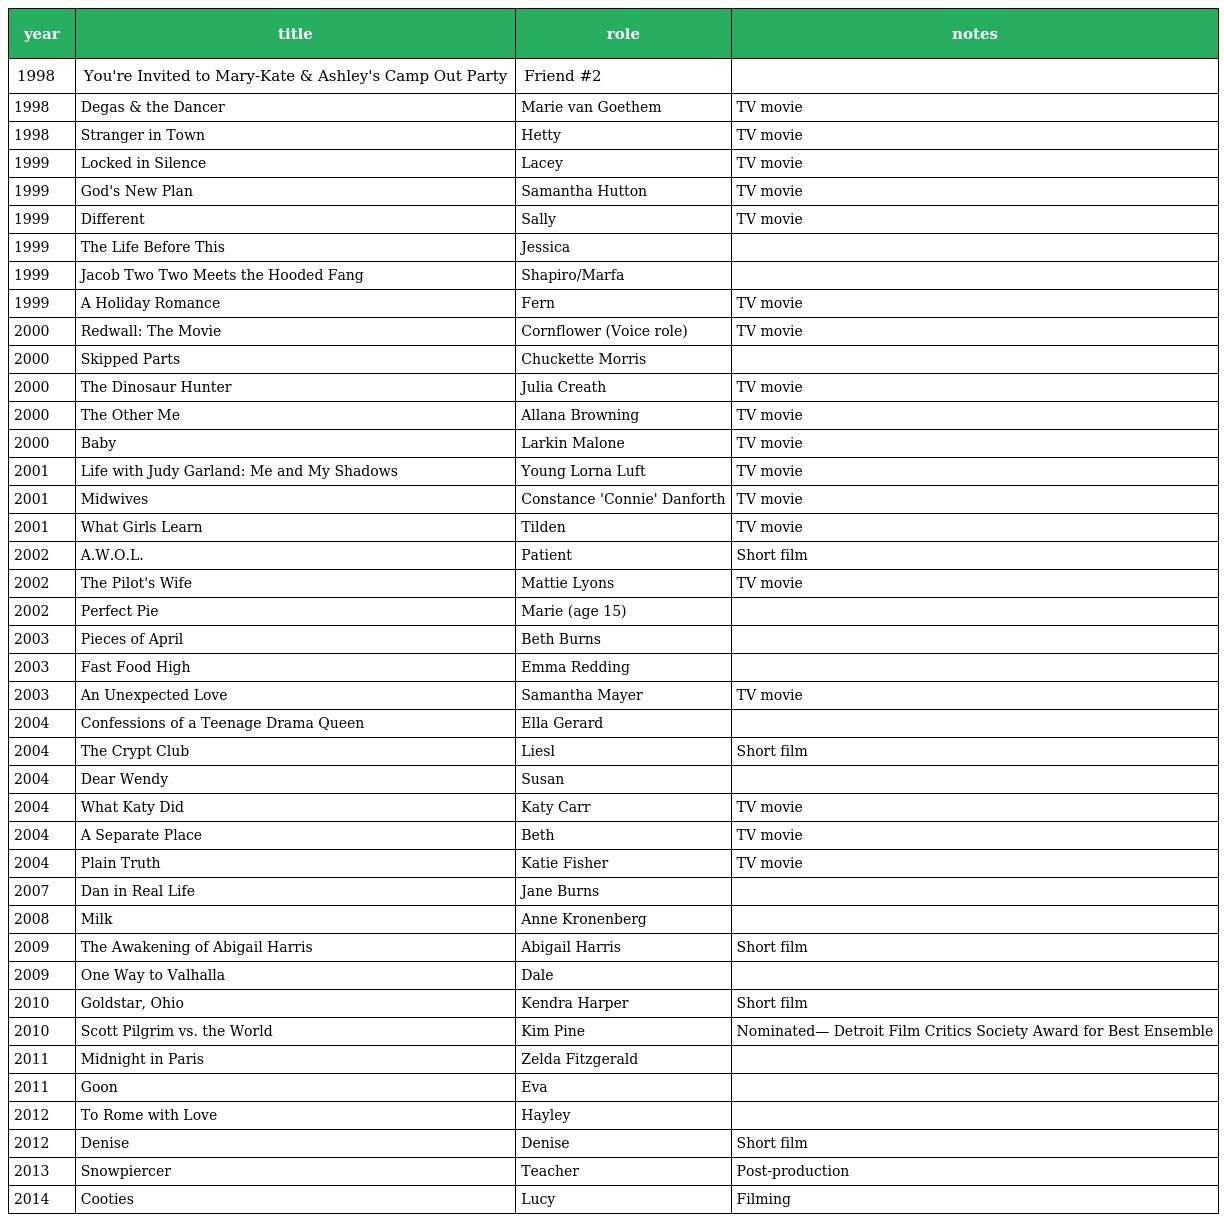
| year | title | role | notes |
 | --- | --- | --- | --- |
 | 1998 | You're Invited to Mary-Kate & Ashley's Camp Out Party | Friend #2 |  |
 | 1998 | Degas & the Dancer | Marie van Goethem | TV movie |
 | 1998 | Stranger in Town | Hetty | TV movie |
 | 1999 | Locked in Silence | Lacey | TV movie |
 | 1999 | God's New Plan | Samantha Hutton | TV movie |
 | 1999 | Different | Sally | TV movie |
 | 1999 | The Life Before This | Jessica |  |
 | 1999 | Jacob Two Two Meets the Hooded Fang | Shapiro/Marfa |  |
 | 1999 | A Holiday Romance | Fern | TV movie |
 | 2000 | Redwall: The Movie | Cornflower (Voice role) | TV movie |
 | 2000 | Skipped Parts | Chuckette Morris |  |
 | 2000 | The Dinosaur Hunter | Julia Creath | TV movie |
 | 2000 | The Other Me | Allana Browning | TV movie |
 | 2000 | Baby | Larkin Malone | TV movie |
 | 2001 | Life with Judy Garland: Me and My Shadows | Young Lorna Luft | TV movie |
 | 2001 | Midwives | Constance 'Connie' Danforth | TV movie |
 | 2001 | What Girls Learn | Tilden | TV movie |
 | 2002 | A.W.O.L. | Patient | Short film |
 | 2002 | The Pilot's Wife | Mattie Lyons | TV movie |
 | 2002 | Perfect Pie | Marie (age 15) |  |
 | 2003 | Pieces of April | Beth Burns |  |
 | 2003 | Fast Food High | Emma Redding |  |
 | 2003 | An Unexpected Love | Samantha Mayer | TV movie |
 | 2004 | Confessions of a Teenage Drama Queen | Ella Gerard |  |
 | 2004 | The Crypt Club | Liesl | Short film |
 | 2004 | Dear Wendy | Susan |  |
 | 2004 | What Katy Did | Katy Carr | TV movie |
 | 2004 | A Separate Place | Beth | TV movie |
 | 2004 | Plain Truth | Katie Fisher | TV movie |
 | 2007 | Dan in Real Life | Jane Burns |  |
 | 2008 | Milk | Anne Kronenberg |  |
 | 2009 | The Awakening of Abigail Harris | Abigail Harris | Short film |
 | 2009 | One Way to Valhalla | Dale |  |
 | 2010 | Goldstar, Ohio | Kendra Harper | Short film |
 | 2010 | Scott Pilgrim vs. the World | Kim Pine | Nominated— Detroit Film Critics Society Award for Best Ensemble |
 | 2011 | Midnight in Paris | Zelda Fitzgerald |  |
 | 2011 | Goon | Eva |  |
 | 2012 | To Rome with Love | Hayley |  |
 | 2012 | Denise | Denise | Short film |
 | 2013 | Snowpiercer | Teacher | Post-production |
 | 2014 | Cooties | Lucy | Filming |